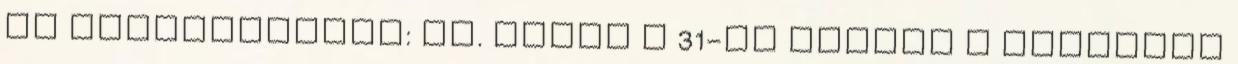
cd Megközelítés: Bp. felől a 31-es főúton a sülysápi